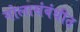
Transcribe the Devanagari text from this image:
गोलासंबंधीत